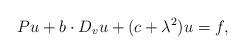
LaTeX: \begin{align*} P u + b \cdot D_{v} u + (c+\lambda^2) u = f,\end{align*}